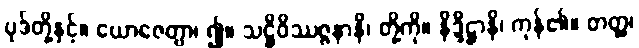
ပုဒ်တို့နှင့်။ ယောဇေတွာ၊ ၍။ သဋ္ဌိဝိဿဇ္ဇနာနိ၊ တို့ကို။ နိဒ္ဒိဋ္ဌာနိ၊ ကုန်၏။ တတ္ထ၊